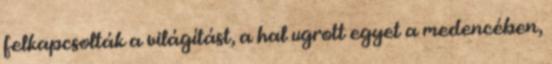
felkapcsolták a világítást, a hal ugrott egyet a medencében,